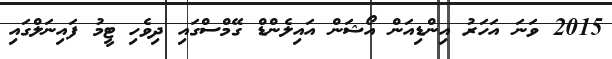
2015 ވަނަ އަހަރު އިންޑިއަން އޯޝަން އައިލެންޑް ގޭމްސްގައި ދިވެހި ޓީމު ފައިނަލްގައި